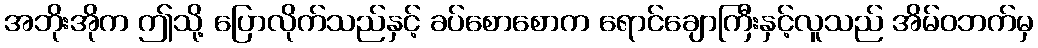
အဘိုးအိုက ဤသို့ ပြောလိုက်သည်နှင့် ခပ်စောစောက ရောင်ချောကြီးနှင့်လူသည် အိမ်ဝဘက်မှ